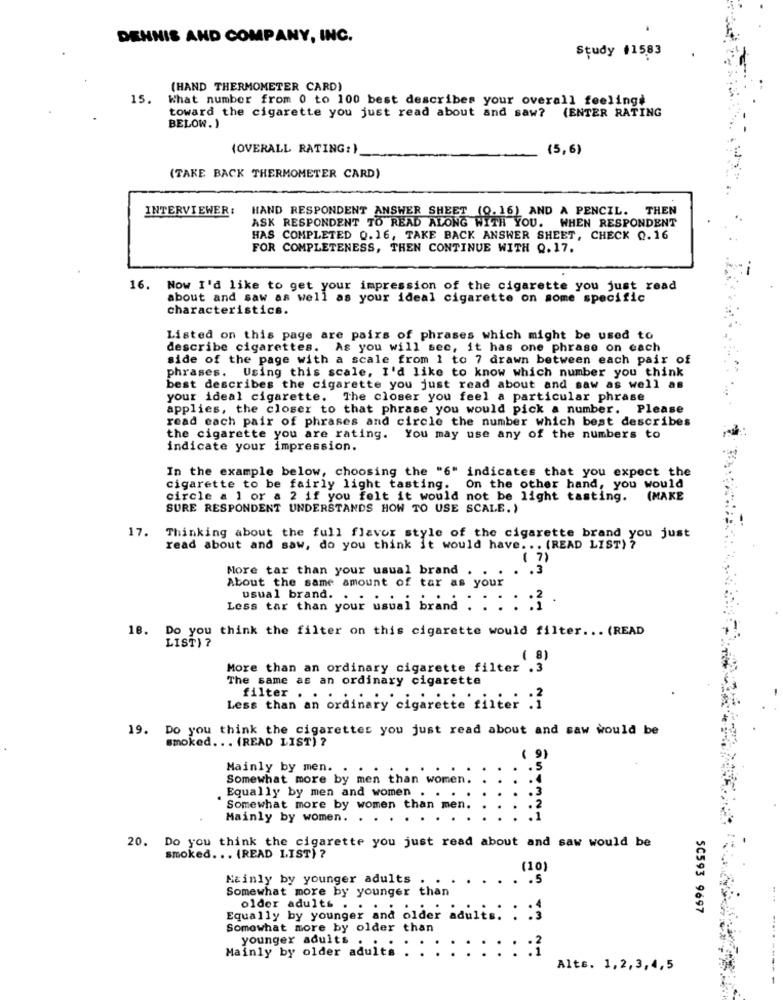
DENNIS AND COMPANY, INC.
Study #1583
(HAND THERMOMETER CARD)
15.
What number from 0 to 100 best describes your overall feelingè
toward the cigarette you just read about and saw? (ENTER RATING
BELOW. )
(OVERALL RATING: )
(5,6)
(TAKE BACK THERMOMETER CARD)
INTERVIEWER:
HAND RESPONDENT ANSWER SHEET (0.16) AND A PENCIL. THEN
ASK RESPONDENT TO READ ALONG WITH YOU. WHEN RESPONDENT
HAS COMPLETED 0.16, TAKE BACK ANSWER SHEET, CHECK 0.16
FOR COMPLETENESS, THEN CONTINUE WITH Q.17.
16. Now I'd like to get your impression of the cigarette you just read
about and saw as well as your ideal cigarette on some specific
characteristics.
Listed on this page are pairs of phrases which might be used to
describe cigarettes. As you will see, it has one phrase on each
side of the page with a scale from 1 to 7 drawn between each pair of
phrases. Using this scale, I'd like to know which number you think
best describes the cigarette you just read about and saw as well as
your ideal cigarette. The closer you feel a particular phrase
applies, the closer to that phrase you would pick a number. Please
read each pair of phrases and circle the number which best describes
the cigarette you are rating. You may use any of the numbers to
indicate your impression.
In the example below, choosing the "6" indicates that you expect the
cigarette to be fairly light tasting. On the other hand, you would
circle a 1 or a 2 if you felt it would not be light tasting. (MAKE
SURE RESPONDENT UNDERSTANDS HOW TO USE SCALE.)
17.
Thinking about the full flavor style of the cigarette brand you just
read about and saw, do you think it would have. .. (READ LIST) ?
( 7)
More tar than your usual brand . . . . . 3
About the same amount of tar as your
usual brand. .
Less tar than your usual brand : : : : :
18. Do you think the filter on this cigarette would filter ... (READ
LIST) ?
More than an ordinary cigarette filter .3
The same as an ordinary cigarette
filter . . .
Less than an ordinary cigarette'sinter :
19. Do you think the cigarettes you just read about and saw would be
smoked. . . (READ LIST) ?
91
Mainly by men. . .
.5
Somewhat more by men than women.
. Equally by men and women . . .
Somewhat more by women than men.
Mainly by women. . .
an-man
20. Do you think the cigarette you just read about and saw would be
smoked ... (READ LIST) ?
(10)
Mainly by younger adults
.. . 5
Somewhat more by younger than
5C593 9697
Equally by younger an
older adults And older adults. . .
Somewhat more by older than
younger adults .
Mainly by older aduit: : : : : : : : : :
Alts. 1,2,3,4,5